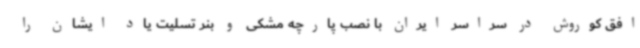
افق کوروش در سراسر ایران با نصب پارچه مشکی و بنر تسلیت یاد ایشان را